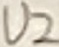
Text: U2